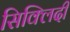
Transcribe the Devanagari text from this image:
सिक्लिदी